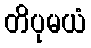
တိပုမယံ